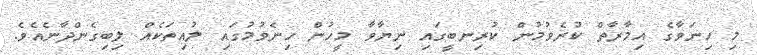
މި ހިނަވާގެ އިމާރާތް ކުރެވުމުން ކުރިނބީގައި ނިޔާވާ މީހުން ހިނެވުމުގައި ލުއިތަކެއް ލިބިގެންދާނެއެވެ.